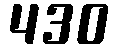
430